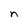
Character: n